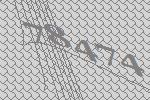
78474